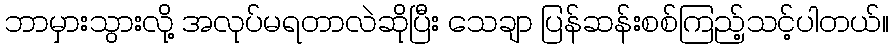
ဘာမှားသွားလို့ အလုပ်မရတာလဲဆိုပြီး သေချာ ပြန်ဆန်းစစ်ကြည့်သင့်ပါတယ်။